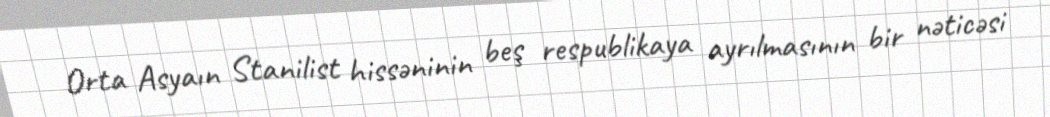
Orta Asyaın Stanilist hissəninin beş respublikaya ayrılmasının bir nəticəsi